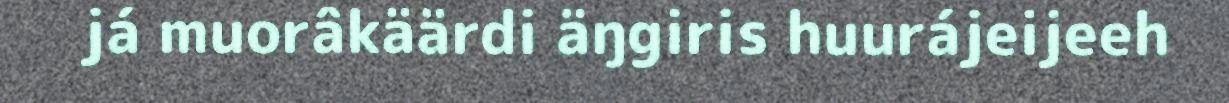
já muorâkäärdi äŋgiris huurájeijeeh